Annual report on the Civil Veterinary Department, Burma (including the Insein Veterinary School) - 1923-1931
Year: 1923
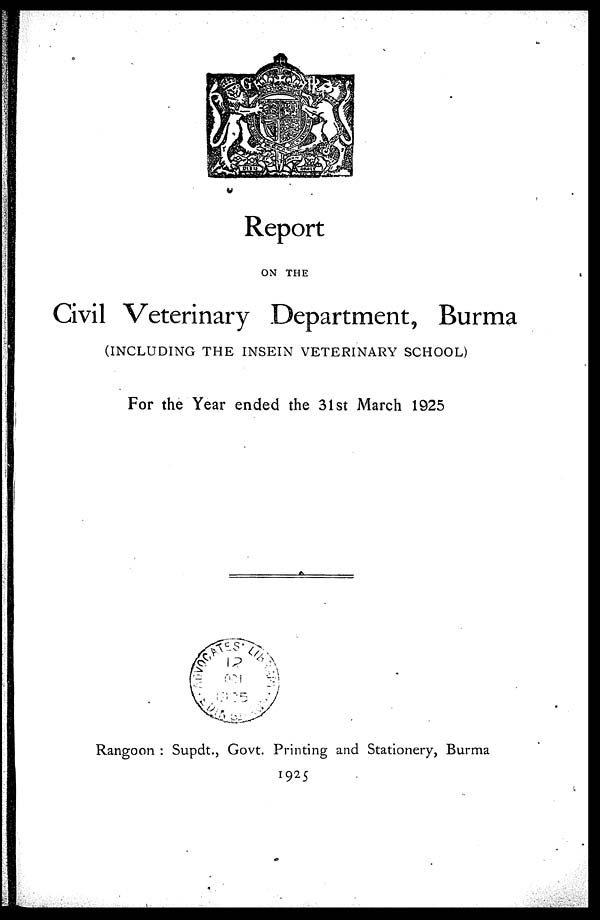
Report
ON THE
Civil Veterinary Department, Burma
(INCLUDING THE INSEIN VETERINARY SCHOOL)
For the Year ended the 31st March 1925
Rangoon : Supdt., Govt. Printing and Stationery, Burma
1925